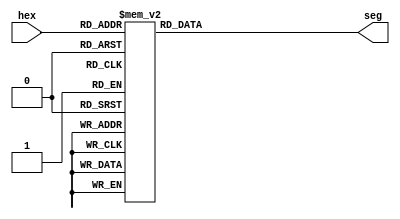
/*
 * Simple hex-value to seven-segment display module.
 * It's been made for hex displays with common anode (Cyclone V).
 * It probably could be modified to add a few extra outputs
 */

module hex2seg(hex, seg);
	input [3:0] hex;
	output reg [0:6] seg;
	
	always @(hex)
	begin
		case(hex) // seg  0123456
		4'b0000: seg = 7'b0000001;
		4'b0001: seg = 7'b1001111;
		4'b0010: seg = 7'b0010010;
		4'b0011: seg = 7'b0000110;
		4'b0100: seg = 7'b1001100;
		4'b0101: seg = 7'b0100100;
		4'b0110: seg = 7'b0100000;
		4'b0111: seg = 7'b0001111;
		4'b1000: seg = 7'b0000000;
		4'b1001: seg = 7'b0001100;
		4'b1010: seg = 7'b0001000;
		4'b1011: seg = 7'b1100000;
		4'b1100: seg = 7'b0110001;
		4'b1101: seg = 7'b1000010;
		4'b1110: seg = 7'b0110000;
		4'b1111: seg = 7'b0111000;		
		endcase
	end
endmodule